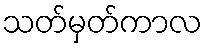
သတ်မှတ်ကာလ